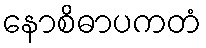
နောစိဓာပကတံ